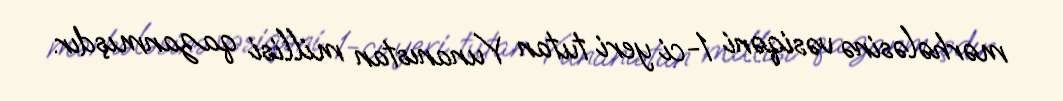
mərhələsinə vəsiqəni 1-ci yeri tutan Yunanıstan millisi qazanmışdır.